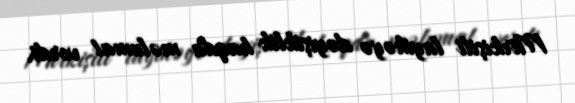
Mirkişili layihəyə dəyişiklik haqda məlumat verdi.